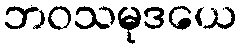
ဘဝသမုဒယေ